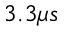
3 . 3 \mu s